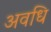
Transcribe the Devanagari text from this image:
अवधि